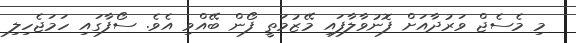
މި މެސެޖް ވަރުދާއަށް ފޮނުވާލާފައި މޭޒުމަތީ ފޯން ބޭއްވި އެވެ. ސޯފާގައި ހަމަޖެހިލި